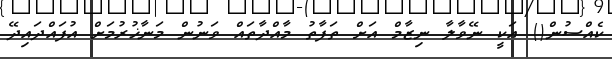
ކެއްސުން() އަކީ ނޭވާލާ ނިޒާމް އަށް ތަފާތު މާއްދާތައް ވަނުން މަނާޚުރުމަށް އުފައްދައިދޭ